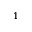
^ 1